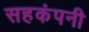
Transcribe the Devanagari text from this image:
सहकंपनी